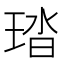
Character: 𤦊